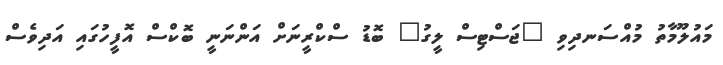
މައުލޫމާތު މުއްސަނދިވި "ޖަސްޓިސް ލީގު" ބޮޑު ސްކްރީނަށް އަންނަނީ ބޮކްސް އޮފީހުގައި އަދިވެސް